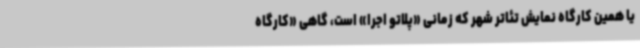
یا همین کارگاه نمایش تئاتر شهر که زمانی «پلاتو اجرا» است، گاهی «کارگاه